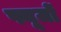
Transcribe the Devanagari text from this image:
फ्यूजों